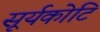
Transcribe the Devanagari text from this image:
सूर्यकोटि